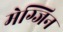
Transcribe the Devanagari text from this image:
मेग्जिन